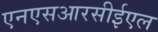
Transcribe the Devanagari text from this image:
एनएसआरसीईएल